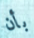
بأن